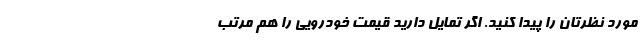
مورد نظرتان را پیدا کنید. اگر تمایل دارید قیمت خودرویی را هم مرتب